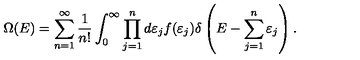
\Omega ( E ) = \sum _ { n = 1 } ^ { \infty } { \frac { 1 } { n ! } } \int _ { 0 } ^ { \infty } \prod _ { j = 1 } ^ { n } d \varepsilon _ { j } f ( \varepsilon _ { j } ) \delta \left( E - \sum _ { j = 1 } ^ { n } \varepsilon _ { j } \right) .